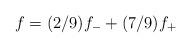
LaTeX: \begin{align*}f = (2/9) f_{-} + (7/9) f_{+}\end{align*}